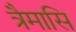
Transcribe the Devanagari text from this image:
त्रैमासि